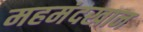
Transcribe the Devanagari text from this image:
महमंदखान